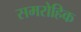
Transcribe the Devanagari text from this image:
समरोहिक